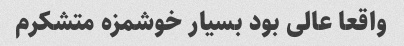
واقعا عالی بود بسیار خوشمزه متشکرم